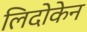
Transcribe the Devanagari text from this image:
लिदोकेन